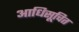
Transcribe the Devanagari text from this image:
आधिसूचित